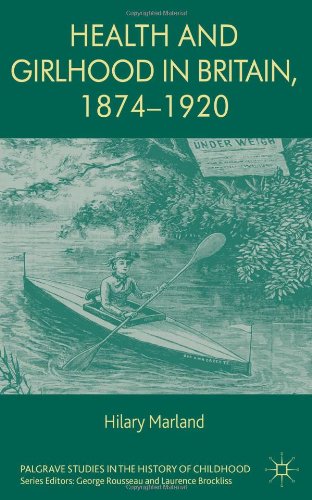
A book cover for Health and Girlhood in Britain, 1874-1920 (Palgrave Studies in the History of Childhood); Hilary Marland; History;